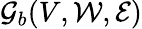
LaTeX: \mathcal{G}_{b}(V,\mathcal{W},\mathcal{E})